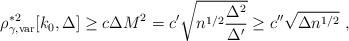
LaTeX: \begin{align*} \rho^{*2}_{\gamma,\mathrm{var}}[k_0,\Delta]\geq c \Delta M^2= c' \sqrt{n^{1/2} \frac{\Delta^2}{\Delta'}}\geq c''\sqrt{\Delta n^{1/2}}\ ,\end{align*}